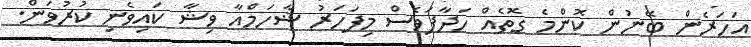
އަހަރެން ބޭނުން ކޮންމެ ގޮތެއް ހަދާފަވެސް މިފަހަރު ޝާހަމްއާ ވިޝާ ކައިވެނި ކުރުވަން.